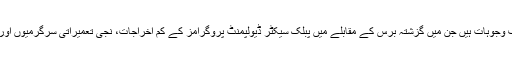
اعداد و شمار کے مطابق پیداوار میں سست روی کے رجحان کی مختلف وجوہات ہیں جن میں گزشتہ برس کے مقابلے میں پبلک سیکٹر ڈیولپمنٹ پروگرامز کے کم اخراجات، نجی تعمیراتی سرگرمیوں اور دیر پا مصنوعات پر صارفین کی جانب سے خرچ میں کمی شامل ہیں۔